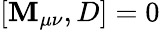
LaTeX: [\mathbf{M}_{\mu\nu},D]=0